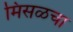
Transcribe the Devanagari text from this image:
मिसळचा